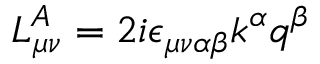
L _ { \mu \nu } ^ { A } = 2 i \epsilon _ { \mu \nu \alpha \beta } k ^ { \alpha } q ^ { \beta }